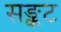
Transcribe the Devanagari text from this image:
सङ्कट